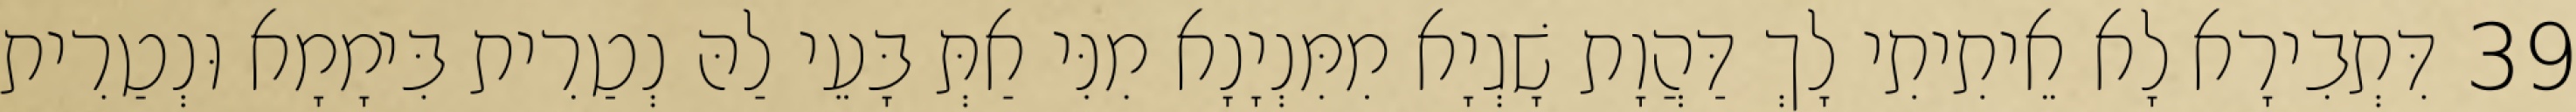
39 דִּתְבִירָא לָא אֵיתִיתִי לָךְ דַּהֲוָת שָׁגְיָא מִמִּנְיָנָא מִנִּי אַתְּ בָּעֵי לַהּ נְטַרִית בִּימָמָא וּנְטַרִית